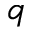
q